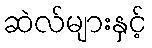
ဆဲလ်များနှင့်